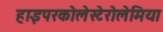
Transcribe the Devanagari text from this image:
हाइपरकोलेस्टेरोलेमिया